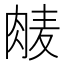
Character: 𮌕